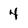
Character: 4